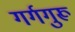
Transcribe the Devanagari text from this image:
गर्गगुरू